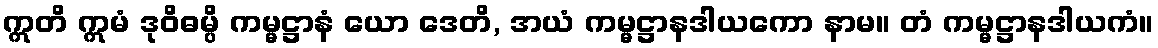
ဣတိ ဣမံ ဒုဝိဓမ္ပိ ကမ္မဋ္ဌာနံ ယော ဒေတိ, အယံ ကမ္မဋ္ဌာနဒါယကော နာမ။ တံ ကမ္မဋ္ဌာနဒါယကံ။